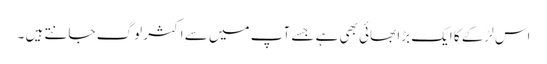
اس لڑکے کا ایک بڑا بھائی بھی ہے جسے آپ میں سے اکثر لوگ جانتے ہیں ۔